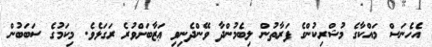
އެހެނަސް މައްކާގެ މުޝްރިކުންގެ ފަރާތުން ލިބެމުންދާ ވޭންދެނިވި ޢަޒާބަށްވުރެ ރަގަޅެވެ. މިކަމުގެ ސަބަބުން